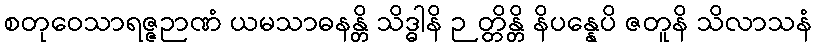
စတုဝေသာရဇ္ဇဉာဏံ ယမသာဓနန္တိ သိဒ္ဓါနိ ဉတ္တိန္တိ နိပန္နေပိ ဇတူနိ သိလာသနံ